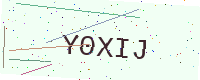
Text: Y0XIJ